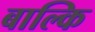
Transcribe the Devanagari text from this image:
बाल्कि